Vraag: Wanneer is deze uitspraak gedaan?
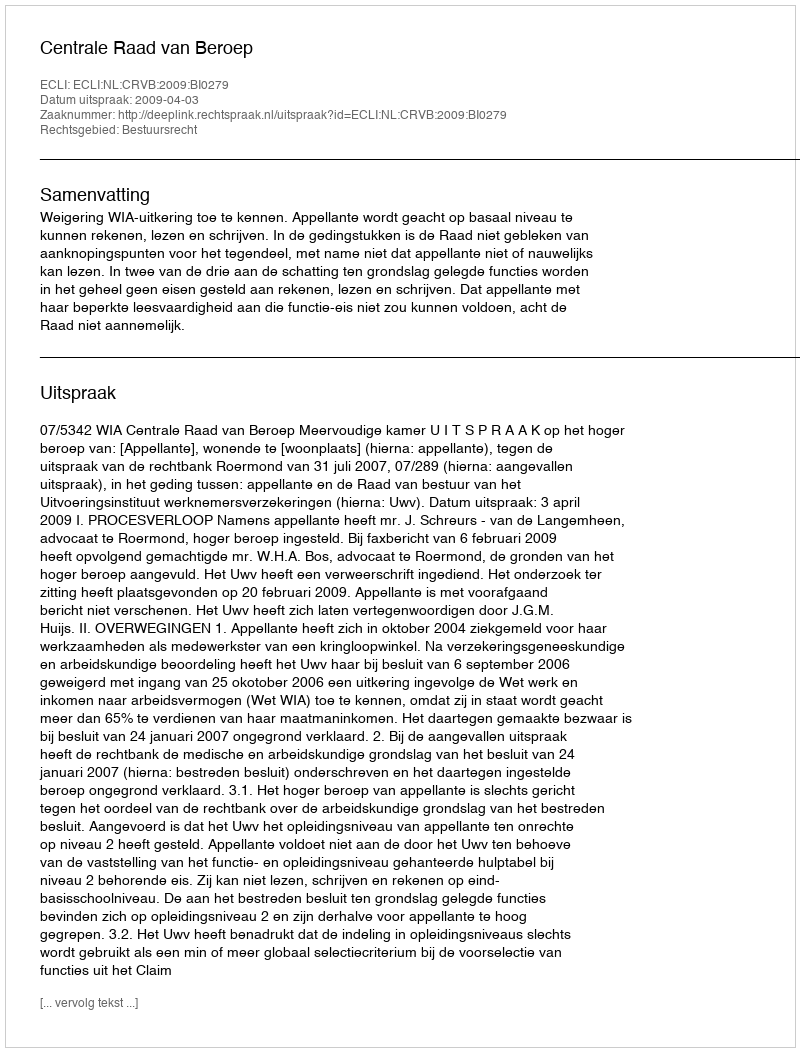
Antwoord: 2009-04-03